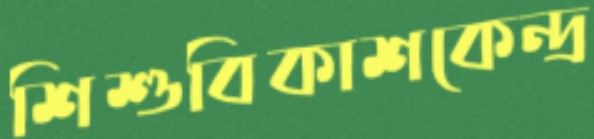
শিশুবিকাশকেন্দ্র